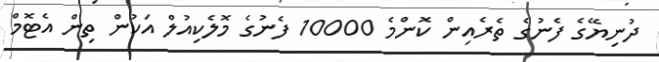
ދުނިޔޭގެ ފެނުގެ ތެރެއިން ކޮންމެ 10000 ފެނުގެ މޮލެކިއުލް އަކުން ތިން އެޓޮމް